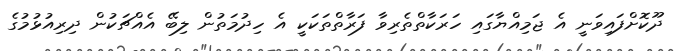
ދޫކޮށްފައިވަނީ އެ ޖަމިއްޔާގައި ހަރަކާތްތެރިވާ ފަރާތްތަކަކީ އެ ހިދުމަތުން ލިބޭ އެއްޗަކުން ދިރިއުޅުމުގެ